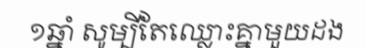
១ឆ្នាំ សូម្បីតែឈ្លោះគ្នាមួយដង